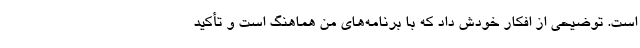
است. توضیحی از افکار خودش داد که با برنامه‌های من هماهنگ است و تأکید